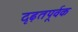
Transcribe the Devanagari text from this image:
दृढ़तपूर्वक